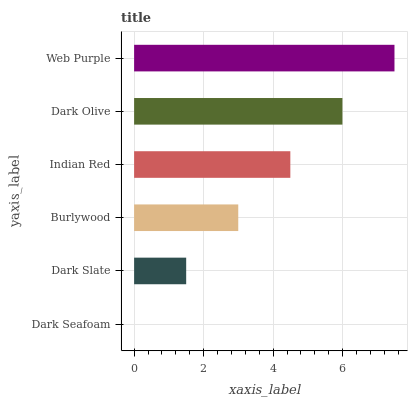
| yaxis_label | bars |
 | --- | --- |
 | Dark Seafoam | 0 |
 | Dark Slate | 1.5 |
 | Burlywood | 3 |
 | Indian Red | 4.49 |
 | Dark Olive | 5.99 |
 | Web Purple | 7.49 |